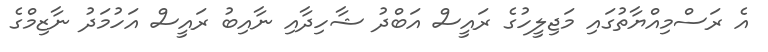
އެ ރަސްމިއްޔާތުގައި މަޖިލީހުގެ ރައީސް އަބްދު ޝާހިދާއި ނާއިބު ރައީސް އަހުމަދު ނާޒިމްގެ